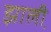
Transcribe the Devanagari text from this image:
झाली़